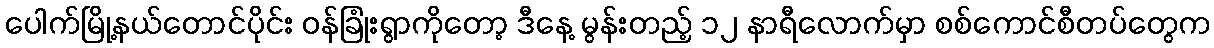
ပေါက်မြို့နယ်တောင်ပိုင်း ဝန်ခြုံးရွာကိုတော့ ဒီနေ့ မွန်းတည့် ၁၂ နာရီလောက်မှာ စစ်ကောင်စီတပ်တွေက